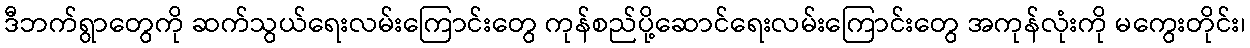
ဒီဘက်ရွာတွေကို ဆက်သွယ်ရေးလမ်းကြောင်းတွေ ကုန်စည်ပို့ဆောင်ရေးလမ်းကြောင်းတွေ အကုန်လုံးကို မကွေးတိုင်း၊